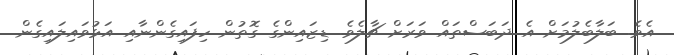
އެވެ. ބަލާބެލުމަށް އެ ދަަބަސްތައް ވަރަށް ޗާލެވެ. ޑިޒަައިންގެ ގޮތުން ހިފައިގެންނާއި އަޅުވައިލައިގެން